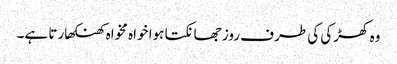
وہ کھڑکی کی طرف روز جھانکتا ہوا خواہ مخواہ کھنکھارتا ہے۔